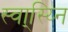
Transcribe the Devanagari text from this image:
स्वा्स्य्नि